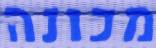
מכונה